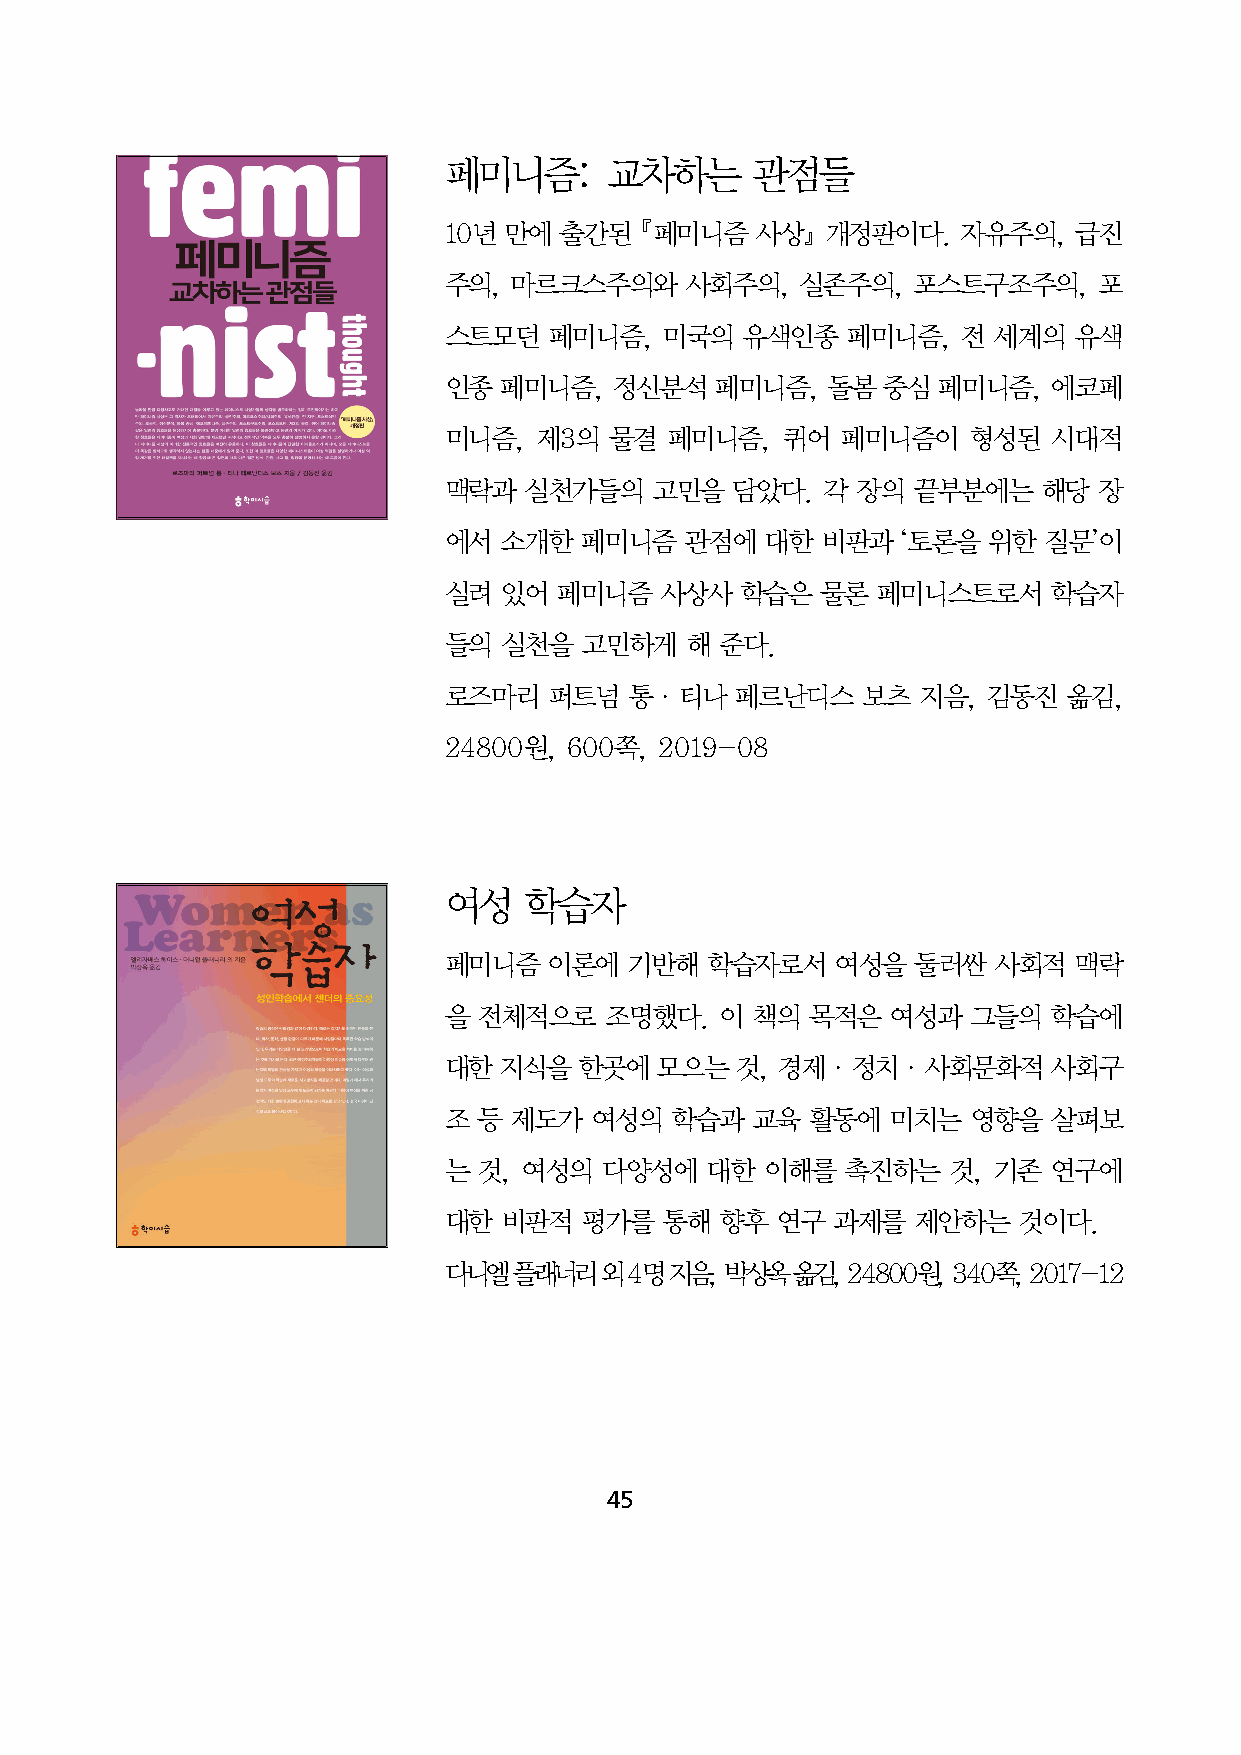
페미니즘:      교차하는      관점들
 10년 만에  출간된  󰡔페미니즘   사상󰡕  개정판이다.   자유주의,  급진
 주의,  마르크스주의와    사회주의,   실존주의,  포스트구조주의,     포
 스트모던   페미니즘,   미국의  유색인종   페미니즘,   전 세계의  유색
 인종  페미니즘,   정신분석  페미니즘,   돌봄 중심  페미니즘,   에코페
 미니즘,  제3의  물결  페미니즘,   퀴어  페미니즘이   형성된   시대적
 맥락과   실천가들의   고민을   담았다.  각 장의 끝부분에는    해당  장
 에서  소개한  페미니즘   관점에   대한 비판과   ‘토론을 위한  질문’이
 실려  있어  페미니즘   사상사  학습은  물론  페미니스트로서     학습자
 들의  실천을   고민하게  해  준다.
 로즈마리   퍼트넘   통·티나   페르난디스   보츠  지음, 김동진   옮김,
 24800원,  600쪽, 2019-08
 여성    학습자
 페미니즘   이론에   기반해  학습자로서   여성을   둘러싼  사회적  맥락
 을  전체적으로   조명했다.   이 책의  목적은  여성과  그들의   학습에
 대한  지식을  한곳에  모으는   것, 경제·정치·사회문화적       사회구
 조  등 제도가  여성의  학습과   교육  활동에  미치는  영향을   살펴보
 는  것, 여성의  다양성에   대한  이해를  촉진하는   것, 기존  연구에
 대한  비판적   평가를  통해  향후 연구  과제를   제안하는  것이다.
 다니엘  플래너리  외 4명 지음, 박상옥 옮김, 24800원, 340쪽, 2017-12
 45